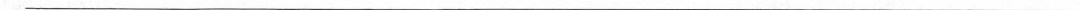
___